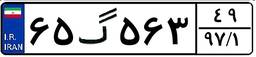
۲۵گ۶۱۲۸۳